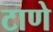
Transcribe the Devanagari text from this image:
टाणे